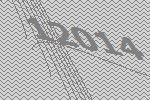
12014